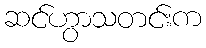
ဆင်ဟွာသတင်းက